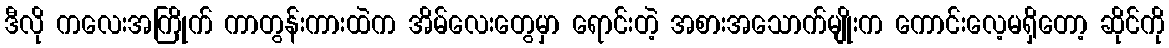
ဒီလို ကလေးအကြိုက် ကာတွန်းကားထဲက အိမ်လေးတွေမှာ ရောင်းတဲ့ အစားအသောက်မျိုးက ကောင်းလေ့မရှိတော့ ဆိုင်ကို